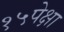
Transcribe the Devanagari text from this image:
१५पेक्षा